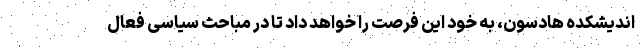
اندیشکده هادسون، به خود این فرصت را خواهد داد تا در مباحث سیاسی فعال